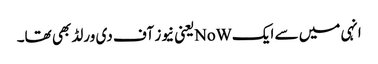
انہی میں سے ایکNoWیعنی نیوز آف دی ورلڈ بھی تھا۔